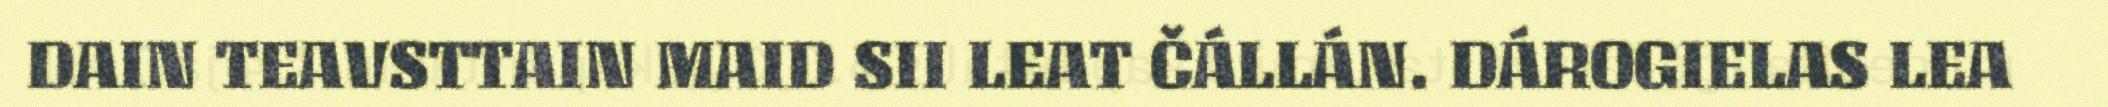
DAIN TEAVSTTAIN MAID SII LEAT ČÁLLÁN. DÁROGIELAS LEA